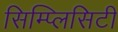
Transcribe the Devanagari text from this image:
सिम्प्लिसिटी